Indian Medical Review
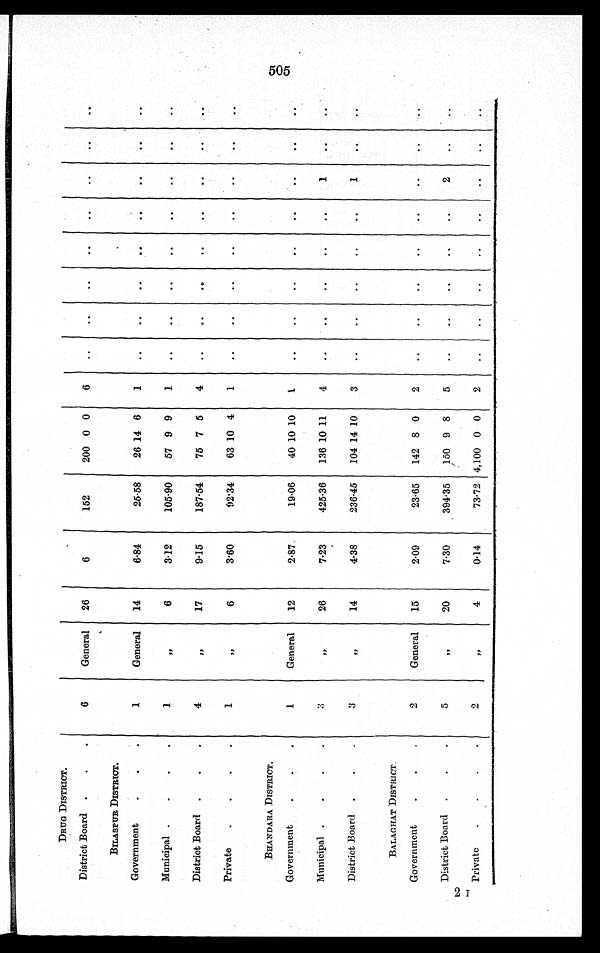
DRUG DISTRICT.
District Board
6
General
26
6
152
200 0 0
6
..
..
..
..
..
..
..
..
BILASPUR DISTRICT.
Government
1
General
14
6.84
25.58
26 14 6
1
..
..
. .
. .
..
..
..
..
Municipal
1
"
6
3.12
105.90
57 9 9
1
..
..
..
..
..
. .
..
. .
District Board
4
"
17
9.15
187.54
75 7 5
4
..
..
. .
. .
..
. .
..
..
Private
1
"
6
3.60
92.34
63 10 4
1
..
. .
. .
. .
. .
. .
. .
..
BHANDARA DISTRICT.
Government
1
General
12
2.87
19.06
40 10 10
1
..
..
..
..
..
..
..
..
Municipal
3
"
26
7.23
425.36
136 10 11
4
..
. .
..
..
..
1
..
..
District Board
3
" 14
4.38
236.45
104 14 10
3
..
. .
. .
. .
. .
1
. .
. .
BALAGHAT DISTRICT
Government
2
General
15
2.09
23.65
142 8 0
2
..
..
..
..
..
..
..
. .
District Board
5
"
20
7.30
394.35
150 9 8
5
..
..
..
..
. .
2
..
..
Private
2
"
4
0.14
73.72 4,100 0 0
2
..
..
..
..
..
..
. .
..